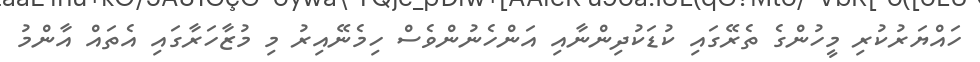
ހައްޔަރުކުރި މީހުންގެ ތެރޭގައި ކުޑަކުދިންނާއި އަންހެނުންވެސް ހިމެނޭއިރު މި މުޒާހަރާގައި އެތައް އާންމު